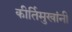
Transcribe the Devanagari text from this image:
कीर्तिमुखांनी